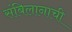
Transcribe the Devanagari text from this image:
संबिलानाची